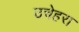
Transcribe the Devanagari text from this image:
उचेहरा